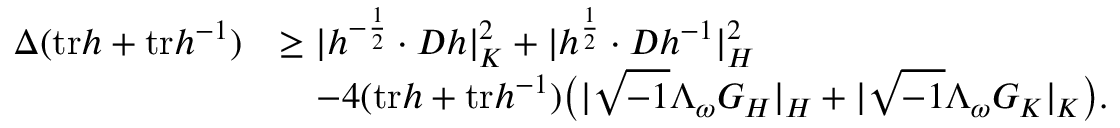
\begin{array} { r l } { \Delta ( \mathrm { t r } h + \mathrm { t r } h ^ { - 1 } ) } & { \geq | h ^ { - \frac { 1 } { 2 } } \cdot D h | _ { K } ^ { 2 } + | h ^ { \frac { 1 } { 2 } } \cdot D h ^ { - 1 } | _ { H } ^ { 2 } } \\ & { \quad - 4 ( \mathrm { t r } h + \mathrm { t r } h ^ { - 1 } ) \big ( | \sqrt { - 1 } \Lambda _ { \omega } G _ { H } | _ { H } + | \sqrt { - 1 } \Lambda _ { \omega } G _ { K } | _ { K } \big ) . } \end{array}